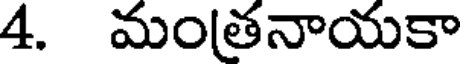
4. మంతనాయకా